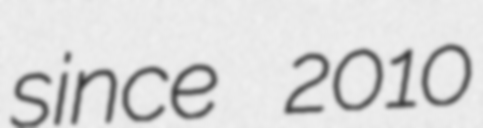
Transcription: since 2010